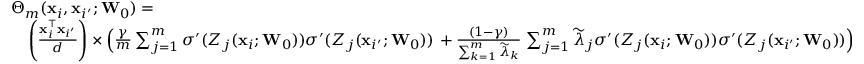
\begin{array} { r l } & { \Theta _ { m } ( \mathbf { x } _ { i } , \mathbf { x } _ { i ^ { \prime } } ; \mathbf { W } _ { 0 } ) = } \\ & { \quad \left( \frac { \mathbf { x } _ { i } ^ { \top } \mathbf { x } _ { i ^ { \prime } } } { d } \right) \times \left( \frac { \gamma } { m } \sum _ { j = 1 } ^ { m } \sigma ^ { \prime } ( Z _ { j } ( \mathbf { x } _ { i } ; \mathbf { W } _ { 0 } ) ) \sigma ^ { \prime } ( Z _ { j } ( \mathbf { x } _ { i ^ { \prime } } ; \mathbf { W } _ { 0 } ) ) \right. + \frac { ( 1 - \gamma ) } { \sum _ { k = 1 } ^ { m } \widetilde \lambda _ { k } } \left. \sum _ { j = 1 } ^ { m } \widetilde \lambda _ { j } \sigma ^ { \prime } ( Z _ { j } ( \mathbf { x } _ { i } ; \mathbf { W } _ { 0 } ) ) \sigma ^ { \prime } ( Z _ { j } ( \mathbf { x } _ { i ^ { \prime } } ; \mathbf { W } _ { 0 } ) ) \right) } \end{array}